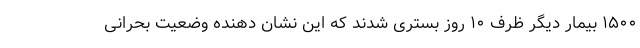
۱۵۰۰ بیمار دیگر ظرف ۱۰ روز بستری شدند که این نشان دهنده وضعیت بحرانی